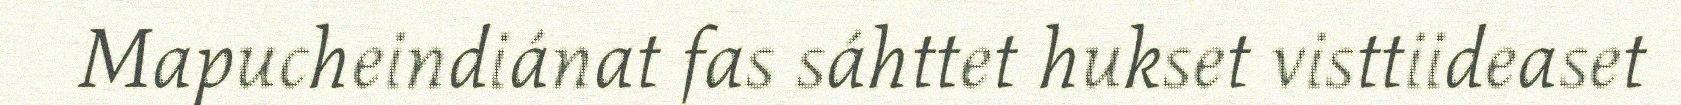
Mapucheindiánat fas sáhttet hukset visttiideaset